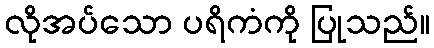
လိုအပ်သော ပရိကံကို ပြုသည်။